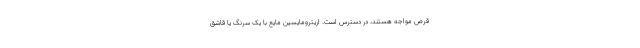
قرص مواجه هستند، در دسترس است. اریترومایسین مایع با یک سرنگ یا قاشق